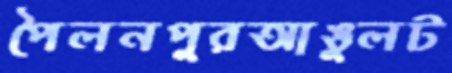
পৈলনপুরআঙুলট